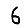
Digit: 6